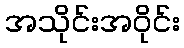
အသိုင်းအဝိုင်း